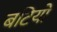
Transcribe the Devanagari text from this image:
बटियों